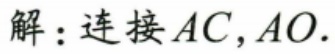
解：连接 \(AC,AO\).